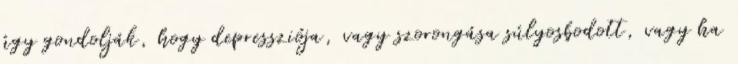
úgy gondolják, hogy depressziója, vagy szorongása súlyosbodott, vagy ha